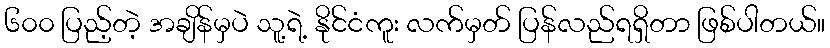
၆၀၀ ပြည့်တဲ့ အချိန်မှပဲ သူ့ရဲ့ နိုင်ငံကူး လက်မှတ် ပြန်လည်ရရှိတာ ဖြစ်ပါတယ်။